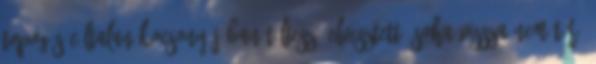
topogás céltalan kocsonyájában töltesz, elvesztett, soha vissza nem térő